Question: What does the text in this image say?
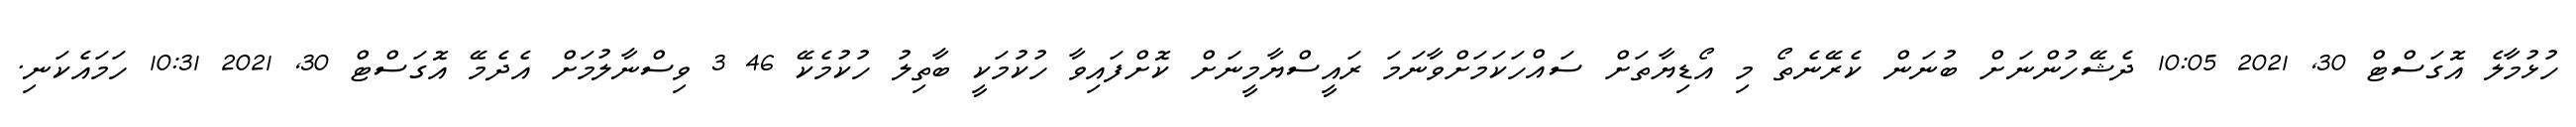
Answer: ހުޅުމާލެ އޮގަސްޓް 30, 2021 10:05 ދެޝޭހުންނަށް ބުނަން ކެރޭނެތޯ މި އޯޑިޔާތަށް ސައްހަކަމަށްވާނަމަ ރައީސްޔާމީނަށް ކޮށްފައިވާ ހުކުމަކީ ބާތިލު ހުކުމެކޭ 46 3 ވިސްނާލުމަށް އެދެމޭ އޮގަސްޓް 30, 2021 10:31 ހަމައެކަނި.